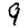
Digit: 9